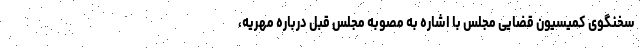
سخنگوی کمیسیون قضایی مجلس با اشاره به مصوبه مجلس قبل درباره مهریه،